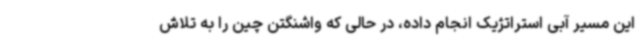
این مسیر آبی استراتژیک انجام داده، در حالی که واشنگتن چین را به تلاش